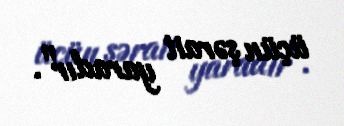
üçün şərait yaradır".